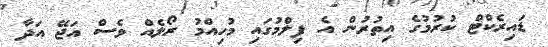
ޑައިރެކްޓް ކުރުމުގެ އިތުރުން އެ ފިލްމުގައި މުހިއްމު ރޯލެއް ވެސް އަޖޭ އަދާ